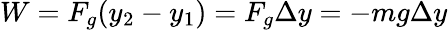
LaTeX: W=F_{g}(y_{2}-y_{1})=F_{g}\Delta y=-mg\Delta y